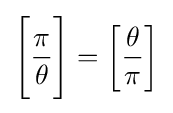
{\Bigg [}{\frac {\pi }{\theta }}{\Bigg ]}=\left[{\frac {\theta }{\pi }}\right]